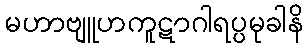
မဟာဗျူဟကူဋာဂါရပ္ပမုခါနိ